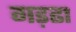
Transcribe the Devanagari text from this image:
गड़ढा